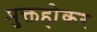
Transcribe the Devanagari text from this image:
मुक्तहोकर